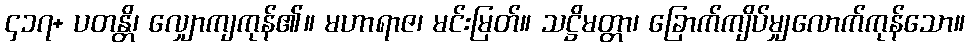
၄၁၇+ ပတန္တိ၊ လျှောကျကုန်၏။ မဟာရာဇ၊ မင်းမြတ်။ သဋ္ဌိမတ္တာ၊ ခြောက်ကျိပ်မျှလောက်ကုန်သော။